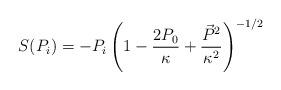
LaTeX: \begin{align*} S(P_{i})=-P_{i}\left(1 - \frac{2P_{0}}{\kappa} + \frac{\vec{P}^{2}}{\kappa^{2}}\right)^{-1/2}\end{align*}